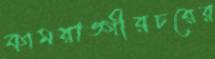
কামরাঙ্গীরচরের